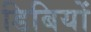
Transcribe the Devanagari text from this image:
डिबियों